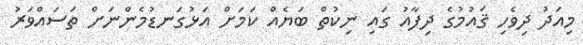
މިއަދު ދިވެހި ޤައުމުގެ ދިފާއު ގައި ނިކުތް ބަޔެއް ކަމަށް އަޅުގަނޑުމެންނަށް ތަސައްވަރު